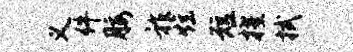
义件腰祚炫短擢拭